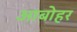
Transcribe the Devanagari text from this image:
आबोहर